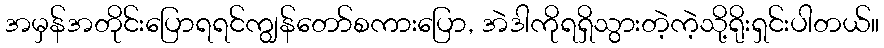
အမှန်အတိုင်းပြောရရင်ကျွန်တော်စကားပြော, အဲဒါကိုရရှိသွားတဲ့ကဲ့သို့ရိုးရှင်းပါတယ်။